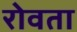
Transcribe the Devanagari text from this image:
रोवता